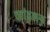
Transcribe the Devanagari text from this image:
कांडलग्न